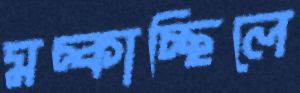
মচ্‌কাচ্ছিলে